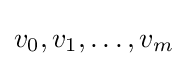
v_{0},v_{1},\ldots ,v_{m}